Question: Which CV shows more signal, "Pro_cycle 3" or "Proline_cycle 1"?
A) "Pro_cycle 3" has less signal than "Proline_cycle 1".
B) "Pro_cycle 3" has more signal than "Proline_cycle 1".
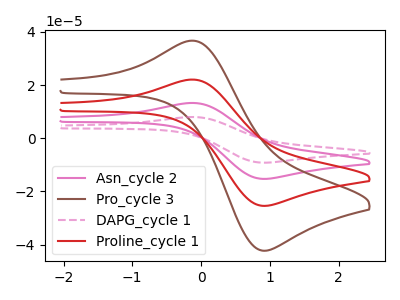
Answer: <think>The pink curve "Asn_cycle 2" has an anodic peak at (-0.10V, 44.00uA) and a cathodic peak at (0.90V, -50.85uA). The brown curve "Pro_cycle 3" has an anodic peak at (-0.10V, 36.55uA) and a cathodic peak at (0.90V, -42.25uA). The pink dashed curve "DAPG_cycle 1" has an anodic peak at (-0.10V, 66.00uA) and a cathodic peak at (0.90V, -76.25uA). The red curve "Proline_cycle 1" has an anodic peak at (-0.10V, 22.00uA) and a cathodic peak at (0.90V, -25.40uA).
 All the peaks in "Pro_cycle 3" have a peak in "Proline_cycle 1" at the same potential. Every peak in "Pro_cycle 3" is higher than every peak in "Proline_cycle 1".</think>
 <answer>B) "Pro_cycle 3" has more signal than "Proline_cycle 1".</answer>
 <eval>B</eval>